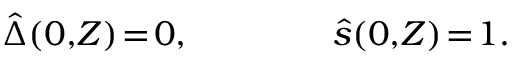
\hat { \Delta } ( 0 , \! Z ) \! = \! 0 , \qquad \qquad \hat { s } ( 0 , \! Z ) \! = \! 1 .